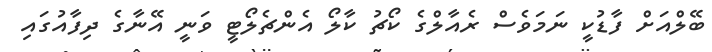
ބޭލްއަށް ފާޑުކީ ނަމަވެސް ރެއާލްގެ ކޯޗު ކާލޯ އެންޗެލޯޓީ ވަނީ އޭނާގެ ދިފާއުގައި